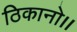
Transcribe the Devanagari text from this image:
ठिकानो।।